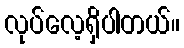
လုပ်လေ့ရှိပါတယ်။